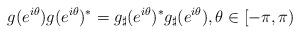
LaTeX: \begin{align*}g(e^{i\theta}) g(e^{i\theta})^*=g_{\sharp}(e^{i\theta})^*g_{\sharp}(e^{i\theta}), \theta \in [-\pi, \pi)\end{align*}